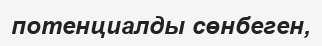
потенциалды сөнбеген,